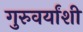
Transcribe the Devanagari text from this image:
गुरुवर्यांशी